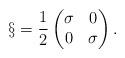
LaTeX: \begin{align*}{\S}=\frac{1}{2}\begin{pmatrix}\sigma & 0\\0 & \sigma\end{pmatrix}.\end{align*}